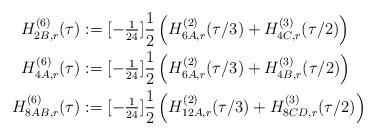
LaTeX: \begin{align*}H^{(6)}_{2B,r}(\tau)&:=[-\tfrac{1}{24}]\frac12\left(H^{(2)}_{6A,r}(\tau/3)+H^{(3)}_{4C,r}(\tau/2)\right)\\H^{(6)}_{4A,r}(\tau)&:=[-\tfrac{1}{24}]\frac12\left(H^{(2)}_{6A,r}(\tau/3)+H^{(3)}_{4B,r}(\tau/2)\right)\\H^{(6)}_{8AB,r}(\tau)&:=[-\tfrac{1}{24}]\frac12\left(H^{(2)}_{12A,r}(\tau/3)+H^{(3)}_{8CD,r}(\tau/2)\right)\end{align*}